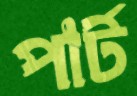
পার্ট